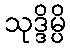
သုဒ္ဒိမ္ပိ